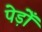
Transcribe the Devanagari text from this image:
पेड़ोँ